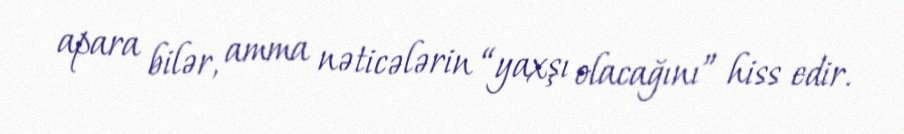
apara bilər, amma nəticələrin “yaxşı olacağını” hiss edir.